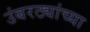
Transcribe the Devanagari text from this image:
उंबरठ्यांच्या